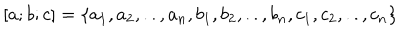
[ a ; b ; c ] = \{ a _ { 1 } , a _ { 2 } , . . , a _ { n } , b _ { 1 } , b _ { 2 } , . . , b _ { n } , c _ { 1 } , c _ { 2 } , . . , c _ { n } \}